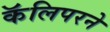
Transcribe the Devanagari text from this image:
कॅलिपरने